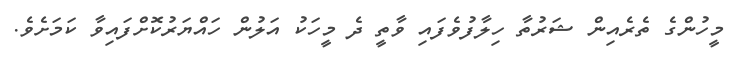
މީހުންގެ ތެރެއިން ޝަރުތާ ހިލާފުވެފައި ވާތީ ދެ މީހަކު އަލުން ހައްޔަރުކޮށްފައިވާ ކަމަށެވެ.